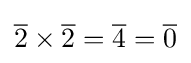
{\overline {2}}\times {\overline {2}}={\overline {4}}={\overline {0}}